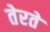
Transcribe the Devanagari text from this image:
तेरते